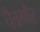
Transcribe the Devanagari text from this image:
चैत्रगौर